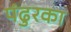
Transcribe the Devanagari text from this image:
पंढुरका